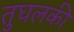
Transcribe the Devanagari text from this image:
तुघलकी